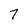
Character: 7